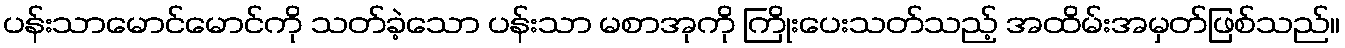
ပန်းသာမောင်မောင်ကို သတ်ခဲ့သော ပန်းသာ မစာအုကို ကြိုးပေးသတ်သည့် အထိမ်းအမှတ်ဖြစ်သည်။